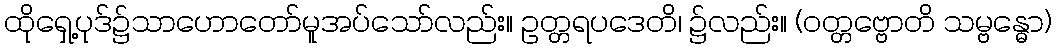
ထိုရှေ့ပုဒ်၌သာဟောတော်မူအပ်သော်လည်း။ ဥတ္တရပဒေတိ၊ ၌လည်း။ (ဝတ္တဗ္ဗောတိ သမ္ဗန္ဓော)